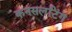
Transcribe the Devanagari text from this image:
कनसलटिंग